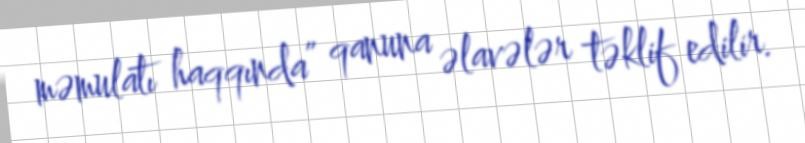
məmulatı haqqında” qanuna əlavələr təklif edilir.